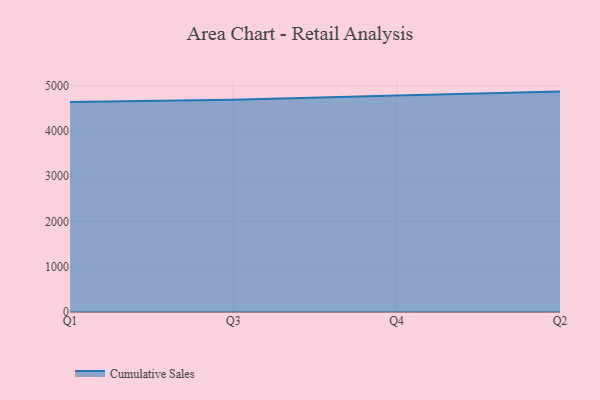
{"axis": {"x": "Quarter", "y": "Population (Million)"}, "legend": ["Cumulative Sales"], "data": [{"x": "Q1", "y": 4635.7, "type": "Cumulative Sales"}, {"x": "Q3", "y": 4687.7, "type": "Cumulative Sales"}, {"x": "Q4", "y": 4781.7, "type": "Cumulative Sales"}, {"x": "Q2", "y": 4866.9, "type": "Cumulative Sales"}]}